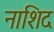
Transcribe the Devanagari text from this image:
नाशिद